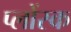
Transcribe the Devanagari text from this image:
प्लोंस्क